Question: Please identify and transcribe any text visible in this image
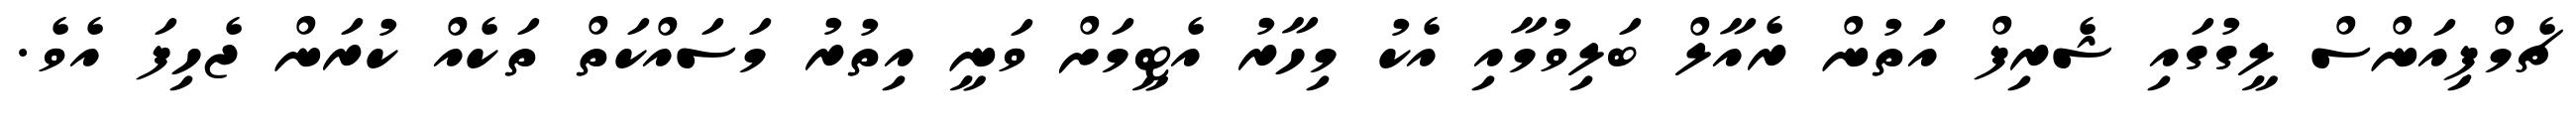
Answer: ޗެމްޕިއަންސް ލީގުގައި ޝެރިފް އަތުން ރެއާލް ބަލިވުމާއި އެކު މިހާރު އެޓީމަށް ވަނީ އިތުރު މަސައްކަތް ތަކެއް ކުރަން ޖެހިފަ އެވެ.